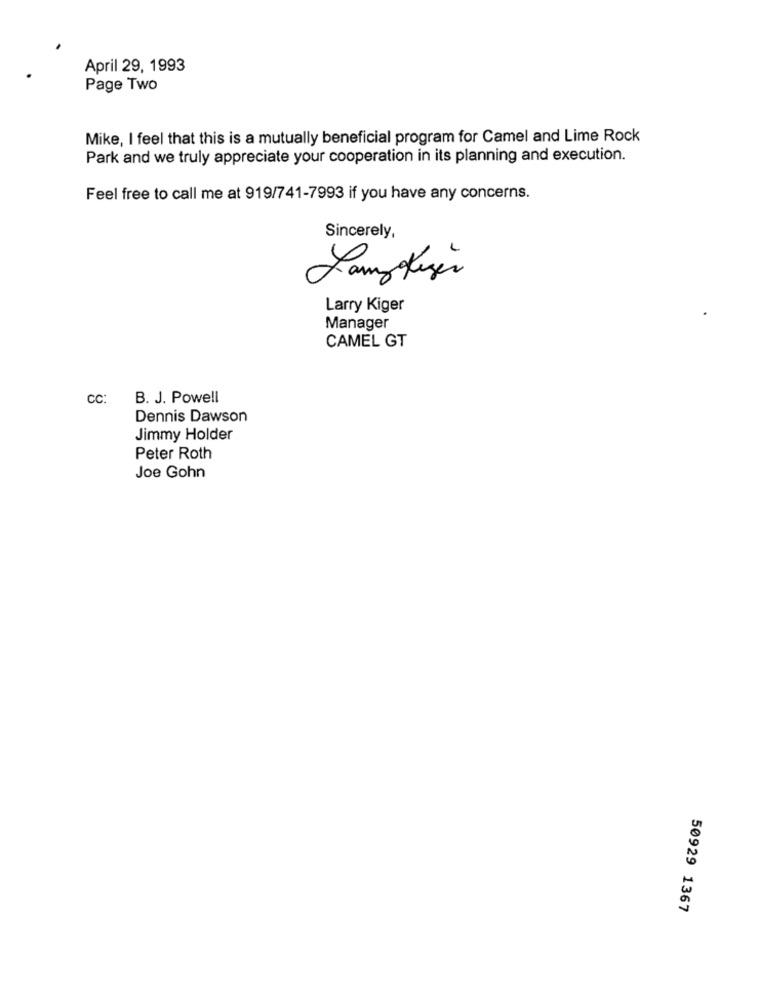
April 29, 1993
Page Two
Mike, I feel that this is a mutually beneficial program for Camel and Lime Rock
Park and we truly appreciate your cooperation in its planning and execution.
Feel free to call me at 919/741-7993 if you have any concerns.
Sincerely,
LampoKiger
Larry Kiger
Manager
CAMEL GT
cc:
B. J. Powell
Dennis Dawson
Jimmy Holder
Peter Roth
Joe Gohn
50929 1367